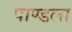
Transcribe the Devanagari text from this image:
पाण्डला